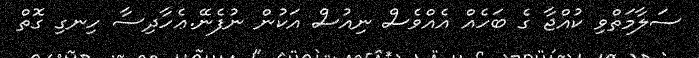
ސަލާމަތްވި ކުއްޖާ ގެ ބަހެއް އެއްވެސް ނިއުސް އަކުން ނުފެނޭ.ޢެހާދިސާ ހިނގި ގޮތް